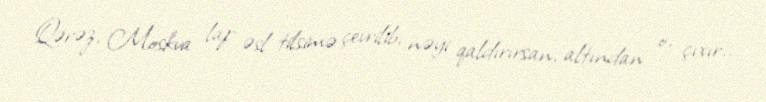
Qərəz, Moskva lap əsl tilsimə çevrilib, nəyi qaldırırsan, altından o, çıxır..